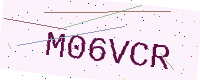
Text: M06VCR